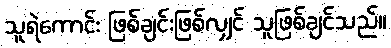
သူရဲကောင်း ဖြစ်ချင်းဖြစ်လျှင် သူဖြစ်ချင်သည်။